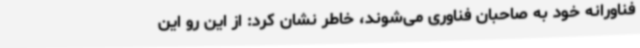
فناورانه خود به صاحبان فناوری می‌شوند، خاطر نشان کرد: از این رو این